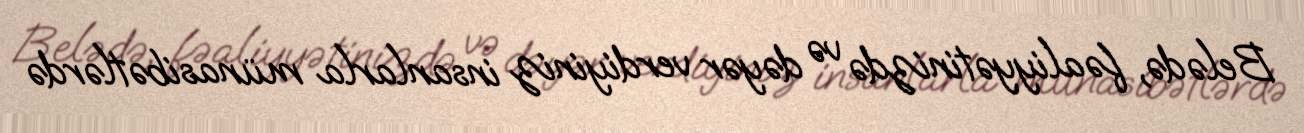
Belədə, fəaliyyətinizdə və dəyər verdiyiniz insanlarla münasibətlərdə